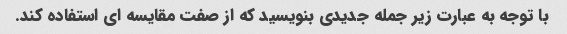
با توجه به عبارت زیر جمله جدیدی بنویسید که از صفت مقایسه ای استفاده کند.